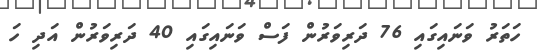
ހަތަރު ވަނައިގައި 76 ދަރިވަރުން ފަސް ވަނައިގައި 40 ދަރިވަރުން އަދި ހަ